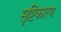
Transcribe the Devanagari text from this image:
सृष्टिकारण